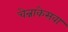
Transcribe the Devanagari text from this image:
चेन्नाकेसवा